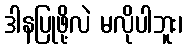
ဒါနပြုဖို့လဲ မလိုပါဘူး၊